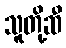
သူတို့ဆီ